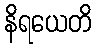
နိရယေတိ